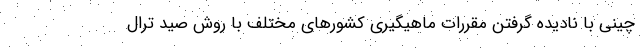
چینی با نادیده گرفتن مقررات ماهیگیری کشورهای مختلف با روش صید ترال